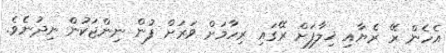
އެހެން ރޭ ރެޔާއި ޚިލާފަށް ރޭގައި ރިހާމަށް ވަރަށް ފުން ނިންޖަކުން ނިދުނެވެ.